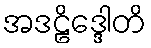
အဒဠိဒ္ဒေါတိ